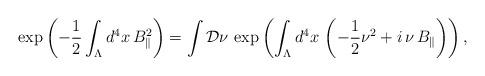
LaTeX: \begin{align*}\exp\left( -\frac{1}{2}\int_\Lambda d^4 x\, B_\Vert^2\right)=\int {\cal D}\nu\,\exp\left( \int_\Lambda d^4 x\, \left(-\frac{1}{2}\nu^2+i\,\nu\,B_\Vert\right)\right),\end{align*}